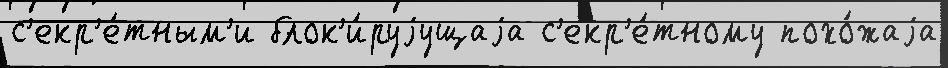
с'екр'е́тным'и блок'и́руjущаjа с'екр'е́тному похо́жаjа